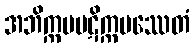
အဘိက္ကမပဋိက္ကမဿေတံ